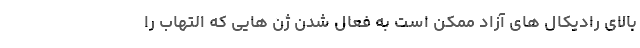
بالای رادیکال های آزاد ممکن است به فعال شدن ژن هایی که التهاب را